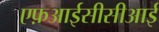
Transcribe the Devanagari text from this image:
एफ़आईसीसीआई